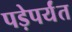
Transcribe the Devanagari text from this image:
पड़ेपर्यंत